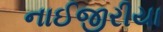
નાઈજીરીયા